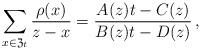
LaTeX: \begin{align*}\sum_{x\in\mathfrak{Z}_{t}}\frac{\rho(x)}{z-x}=\frac{A(z)t-C(z)}{B(z)t-D(z)}\,,\end{align*}